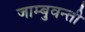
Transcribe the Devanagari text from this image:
जाम्बुवन्ती